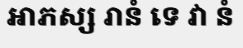
ឤភស្ស រានំ ទេ វា នំ